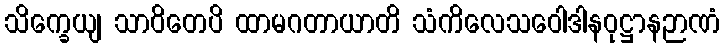
သိက္ခေယျ သာဝိတေပိ ထာမဂတာယာတိ သံကိလေသဝေါဒါနဝုဋ္ဌာနဉာဏံ